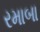
રમાબા